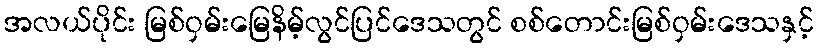
အလယ်ပိုင်း မြစ်ဝှမ်းမြေနိမ့်လွင်ပြင်ဒေသတွင် စစ်တောင်းမြစ်ဝှမ်းဒေသနှင့်